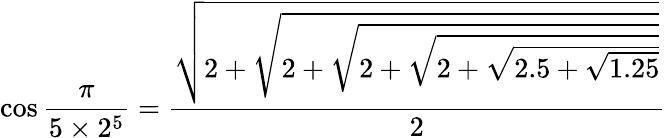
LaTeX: \cos{\frac{\pi}{5\times 2^{5}}}={\frac{\sqrt{2+{\sqrt{2+{\sqrt{2+{\sqrt{2+{\sqrt{2.5+{\sqrt{1.25}}}}}}}}}}}}{2}}